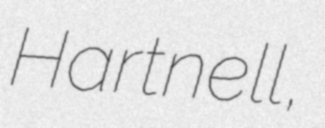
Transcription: Hartnell,